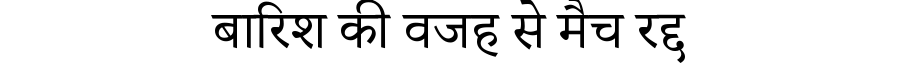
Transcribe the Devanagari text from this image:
बारिश की वजह से मैच रद्द